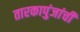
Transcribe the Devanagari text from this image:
तारकापुंजांची